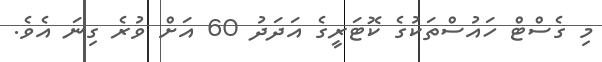
މި ގެސްޓް ހައުސްތަކުގެ ކޮޓަރީގެ އަދަދު 60 އަށް ވުރެ ގިނަ އެވެ.